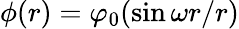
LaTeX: \phi(r)=\varphi_{0}(\sin\omega r/r)